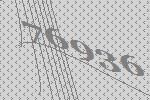
76936